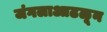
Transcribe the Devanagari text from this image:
जंगलाआढळून